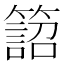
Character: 𥴜